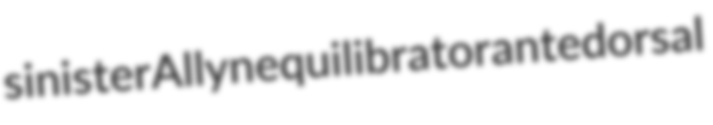
sinister Allyn equilibrator antedorsal